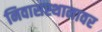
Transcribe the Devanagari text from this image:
निवासस्थानावर